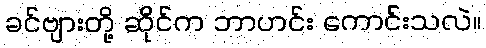
ခင်ဗျားတို့ ဆိုင်က ဘာဟင်း ကောင်းသလဲ။